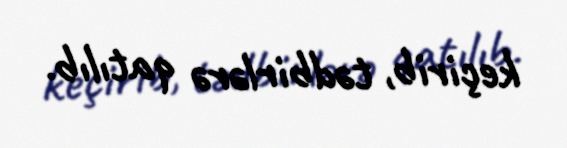
keçirib, tədbirlərə qatılıb.